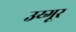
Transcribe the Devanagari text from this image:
उय्गूर